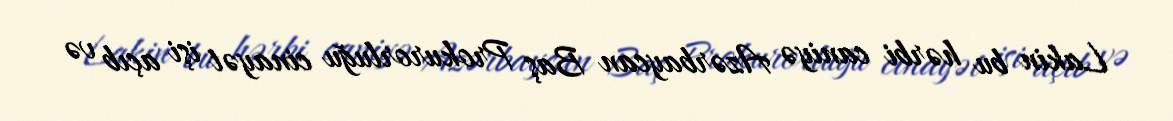
Lakin bu hərbi caniyə Azərbaycan Baş Prokurorluğu cinayət işi açıb və